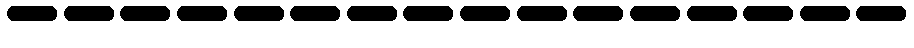
----------------